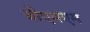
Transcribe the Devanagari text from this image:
बीएमएम